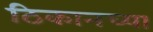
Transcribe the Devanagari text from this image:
ठिकानच्या